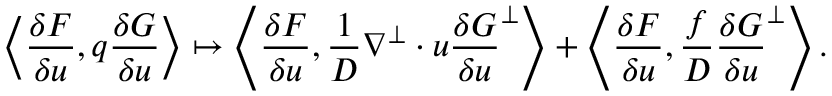
\left\langle \frac { \delta F } { \delta u } , q \frac { \delta G } { \delta u } \right\rangle \mapsto \left\langle \frac { \delta F } { \delta u } , \frac { 1 } { D } \nabla ^ { \perp } \cdot u \frac { \delta G } { \delta u } ^ { \perp } \right\rangle + \left\langle \frac { \delta F } { \delta u } , \frac { f } { D } \frac { \delta G } { \delta u } ^ { \perp } \right\rangle .